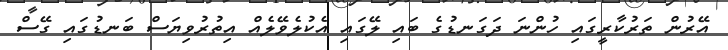
އޭރުން ތަރުކާރީގައި ހުންނަ ދަގަނޑުގެ ބައި ލޭގައި އެކުލެވޭލެއް އިތުރުވިޔަސް ބަނޑުގައި ގޭސް